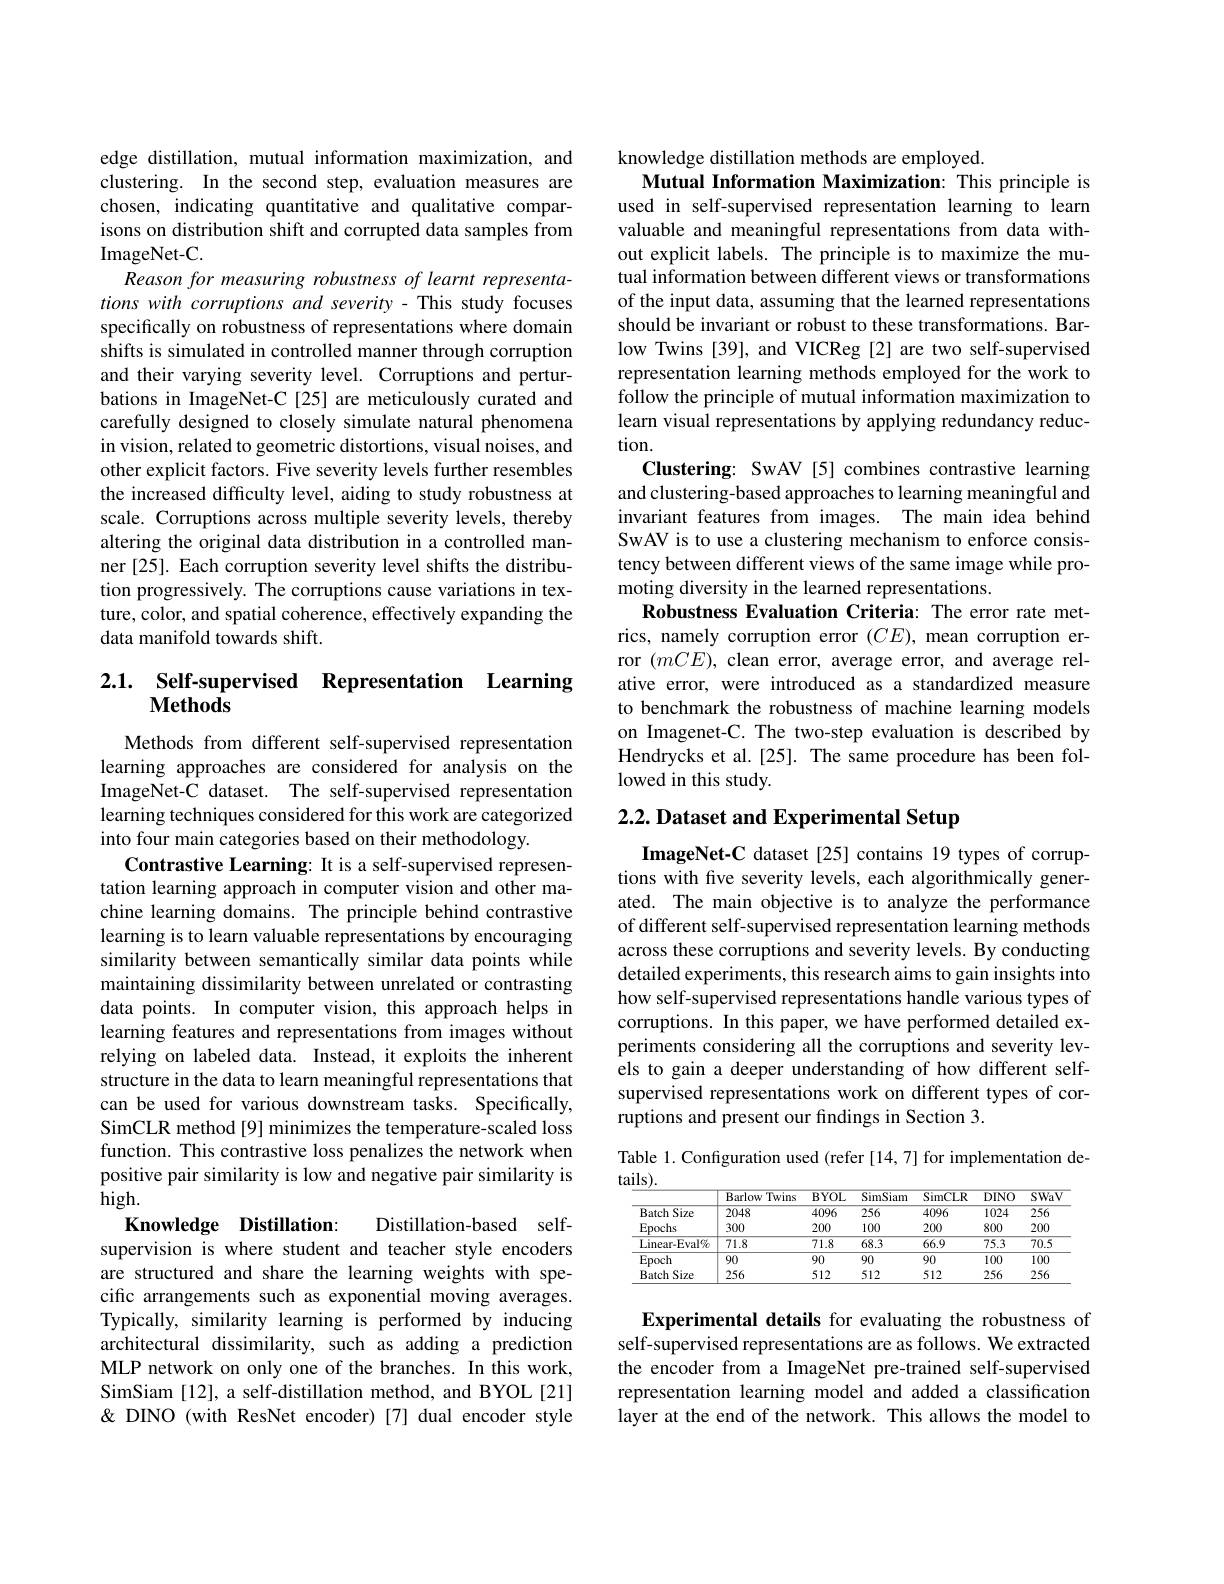
edge distillation, mutual information maximization, and clustering. In the second step, evaluation measures are chosen, indicating quantitative and qualitative comparisons on distribution shift and corrupted data samples from ImageNet-C.
Reason for measuring robustness of learnt representations with corruptions and severity - This study focuses specifically on robustness of representations where domain shifts is simulated in controlled manner through corruption and their varying severity level. Corruptions and perturbations in ImageNet-C [25] are meticulously curated and carefully designed to closely simulate natural phenomena in vision, related to geometric distortions, visual noises, and other explicit factors. Five severity levels further resembles the increased difficulty level, aiding to study robustness at scale. Corruptions across multiple severity levels, thereby altering the original data distribution in a controlled manner [25]. Each corruption severity level shifts the distribution progressively. The corruptions cause variations in texture, color, and spatial coherence, effectively expanding the data manifold towards shift.

# 2.1. Self-supervised Representation Learning $\mathbf{Methods}$

Methods from different self-supervised representation learning approaches are considered for analysis on the ImageNet-C dataset. The self-supervised representation learning techniques considered for this work are categorized into four main categories based on their methodology.
Contrastive Learning: It is a self-supervised representation learning approach in computer vision and other machine learning domains. The principle behind contrastive learning is to learn valuable representations by encouraging similarity between semantically similar data points while maintaining dissimilarity between unrelated or contrasting data points. In computer vision, this approach helps in learning features and representations from images without relying on labeled data. Instead, it exploits the inherent structure in the data to learn meaningful representations that can be used for various downstream tasks. Specifically, SimCLR method[9] minimizes the temperature-scaled loss function. This contrastive loss penalizes the network when positive pair similarity is low and negative pair similarity is high.

Distillation-based self-
Knowledge Distillation:
supervision is where student and teacher style encoders are structured and share the learning weights with specific arrangements such as exponential moving averages. Typically, similarity learning is performed by inducing architectural dissimilarity, such as adding a prediction MLP network on only one of the branches. In this work, SimSiam [12], a self-distillation method, and BYOL[21] & DINO (with ResNet encoder)[7] dual encoder style

knowledge distillation methods are employed.
Mutual Information Maximization: This principle is

used in self-supervised representation learning to learn valuable and meaningful representations from data without explicit labels. The principle is to maximize the mutual information between different views or transformations of the input data, assuming that the learned representations should be invariant or robust to these transformations. Barlow Twins [39], and VICReg [2] are two self-supervised representation learning methods employed for the work to follow the principle of mutual information maximization to learn visual representations by applying redundancy reduction.
Clustering: SwAV[5] combines contrastive learning and clustering-based approaches to learning meaningful and invariant features from images. The main idea behind SwAV is to use a clustering mechanism to enforce consistency between different views of the same image while promoting diversity in the learned representations.
Robustness Evaluation Criteria: The error rate metrics, namely corruption error $(CE)$, mean corruption error $(mCE)$, clean error, average error, and average relative error, were introduced as a standardized measure to benchmark the robustness of machine learning models on Imagenet-C. The two-step evaluation is described by Hendrycks et al.[25]. The same procedure has been followed in this study.

# 2.2. Dataset and Experimental Setup

ImageNet-C dataset [25] contains 19 types of corruptions with five severity levels, each algorithmically generated. The main objective is to analyze the performance of different self-supervised representation learning methods across these corruptions and severity levels. By conducting detailed experiments, this research aims to gain insights into how self-supervised representations handle various types of corruptions. In this paper, we have performed detailed experiments considering all the corruptions and severity levels to gain a deeper understanding of how different selfsupervised representations work on different types of corruptions and present our findings in Section 3.

Table 1. Configuration used (refer [14,7] for implementation de-

$tails).$
<table>
	<tbody>
		<tr>
			<th> </th>
			<th>$\mathbf{B}$arlow Twins</th>
			<th>$\overline{BYOL}$</th>
			<th>SimSiam</th>
			<th>SimCLR</th>
			<th>$\overline{DINO}$</th>
			<th>SWaV</th>
		</tr>
		<tr>
			<td>Size Batch</td>
			<td>2048</td>
			<td>4096</td>
			<td>256</td>
			<td>4096</td>
			<td>1024</td>
			<td>256</td>
		</tr>
		<tr>
			<td>Epochs</td>
			<td>300</td>
			<td>200</td>
			<td>100</td>
			<td>200</td>
			<td>800</td>
			<td>200</td>
		</tr>
		<tr>
			<td>Linear- Eval$\%$</td>
			<td>71.8</td>
			<td>71.8</td>
			<td>68.3</td>
			<td>66.9</td>
			<td>75.3</td>
			<td>70.5</td>
		</tr>
		<tr>
			<td>Epoch</td>
			<td>90</td>
			<td>90</td>
			<td>90</td>
			<td>90</td>
			<td>100</td>
			<td>100</td>
		</tr>
		<tr>
			<td>Size Batch</td>
			<td>256</td>
			<td>512</td>
			<td>512</td>
			<td>512</td>
			<td>256</td>
			<td>256</td>
		</tr>
	</tbody>
</table>

Experimental details for evaluating the robustness of self-supervised representations are as follows. We extracted the encoder from a ImageNet pre-trained self-supervised representation learning model and added a classification layer at the end of the network. This allows the model to